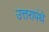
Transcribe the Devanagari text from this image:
उत्तरापंथे